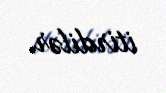
itirdilər.